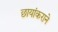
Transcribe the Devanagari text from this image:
छायांकराने